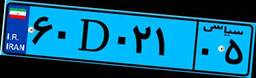
۶۰D۰۲۱۰۵